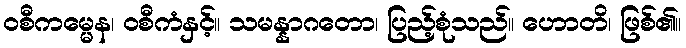
ဝစီကမ္မေန၊ ဝစီကံနှင့်။ သမန္နာဂတော၊ ပြည့်စုံသည်။ ဟောတိ၊ ဖြစ်၏။